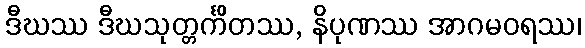
ဒီဃဿ ဒီဃသုတ္တင်္ကိတဿ, နိပုဏဿ အာဂမဝရဿ၊